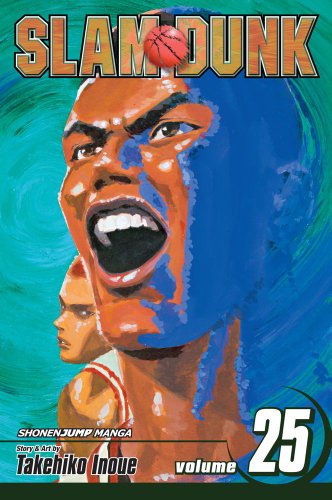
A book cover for Slam Dunk, Vol. 25; Takehiko Inoue; Comics & Graphic Novels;